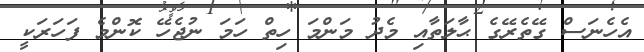
އެހެނަސް ގޭތެރޭގެ ޙާލަތާއި މެދު މަންމަ ހިތް ހަމަ ނުޖެހޭ ކޮންމެ ފަހަރަކީ